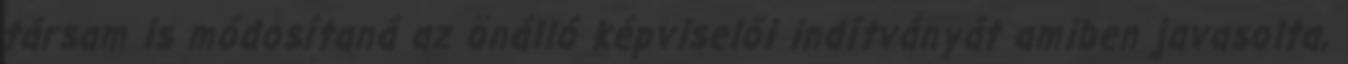
társam is módosítaná az önálló képviselői indítványát amiben javasolta,